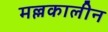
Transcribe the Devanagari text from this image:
मल्लकालीन